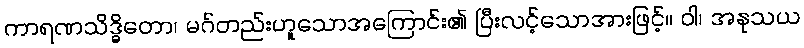
ကာရဏသိဒ္ဓိတော၊ မဂ်တည်းဟူသောအကြောင်း၏ ပြီးလင့်သောအားဖြင့်။ ဝါ၊ အနုသယ